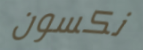
نكسون